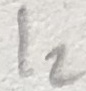
Text: I2